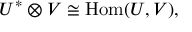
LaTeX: U ^ { * } \otimes V \cong \mathrm { H o m } ( U , V ) ,